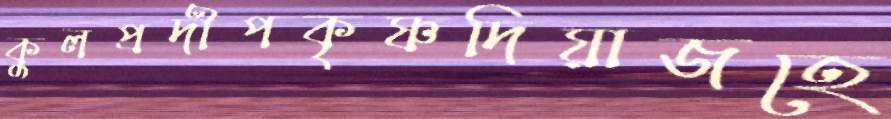
কুলপ্রদীপকৃষ্ণদিয়াজহে